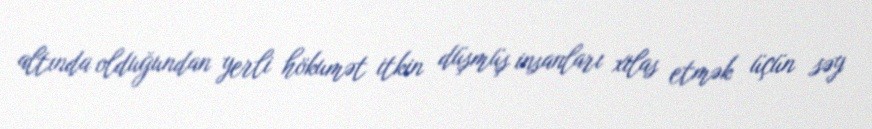
altında olduğundan yerli hökumət itkin düşmüş insanları xilas etmək üçün səy